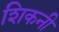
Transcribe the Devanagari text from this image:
शिकनी